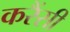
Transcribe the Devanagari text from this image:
करैंसी